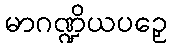
မာဂဏ္ဍိယပဉှေ